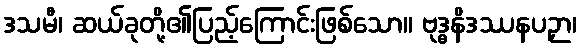
ဒသမီ၊ ဆယ်ခုတို့၏ပြည့်ကြောင်းဖြစ်သော။ ဗုဒ္ဓနိဒဿနပဉှာ၊